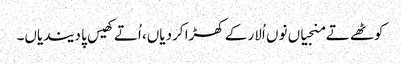
کوٹھے تے منجیاں نوں اُلار کے کھڑا کردیاں، اُتے کھیس پا دیندیاں۔